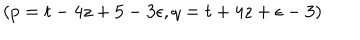
LaTeX: ( p = t - 4 z + 5 - 3 \epsilon , q = t + 4 z + \epsilon - 3 )